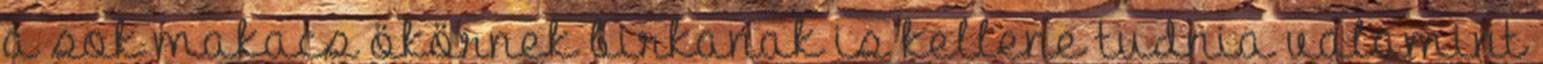
a sok makacs ökörnek birkanak is kellene tudnia valamint